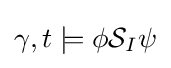
\gamma ,t\models \phi {\mathcal {S}}_{I}\psi